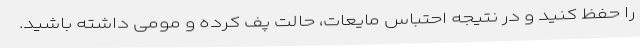
را حفظ کنید و در نتیجه احتباس مایعات، حالت پف کرده و مومی داشته باشید.